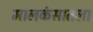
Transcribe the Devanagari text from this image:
मालकंसातला